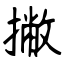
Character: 撇